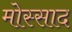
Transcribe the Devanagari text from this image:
मोस्साद